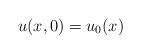
LaTeX: \begin{align*}u(x,0)=u_0(x)\end{align*}